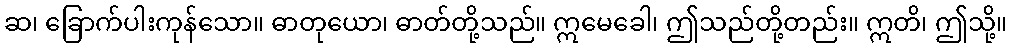
ဆ၊ ခြောက်ပါးကုန်သော။ ဓာတုယော၊ ဓာတ်တို့သည်။ ဣမေခေါ၊ ဤသည်တို့တည်း။ ဣတိ၊ ဤသို့။